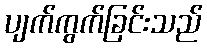
ပျက်ကွက်ခြင်းသည်